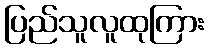
ပြည်သူလူထုကြား